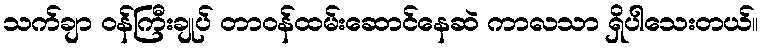
သက်ချာ ဝန်ကြီးချုပ် တာဝန်ထမ်းဆောင်နေဆဲ ကာလသာ ရှိပါသေးတယ်။